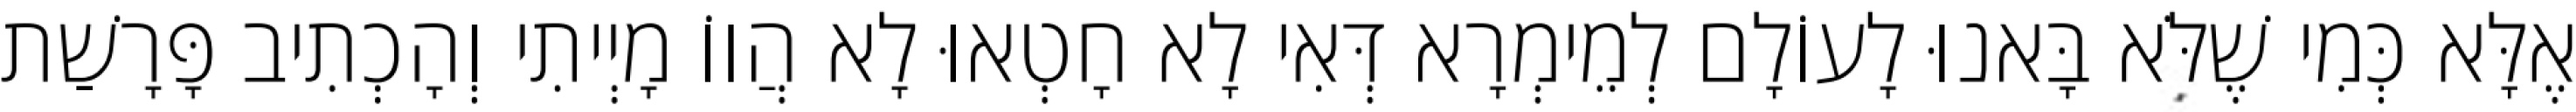
אֶלָּא כְּמִי שֶׁלֹּא בָּאנוּ לָעוֹלָם לְמֵימְרָא דְּאִי לָא חָטְאוּ לָא הֲווֹ מָיְיתִי וְהָכְתִיב פָּרָשַׁת